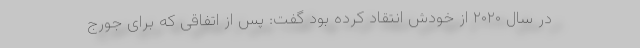
در سال ۲۰۲۰ از خودش انتقاد کرده بود گفت: پس از اتفاقی که برای جورج